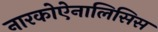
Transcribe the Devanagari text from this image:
नारकोऐनालिसिस